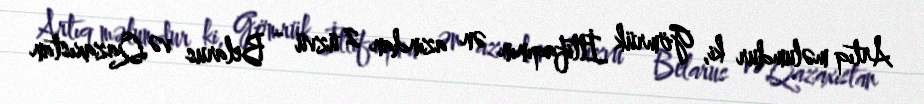
Artıq məlumdur ki, Gömrük İttifaqının ən azından 2 üzvü - Belarus və Qazaxıstan